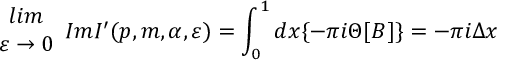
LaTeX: \begin{array} { c } { { l i m } } \\ { { \varepsilon \rightarrow 0 } } \end{array} I m I ^ { \prime } ( p , m , \alpha , \varepsilon ) = \int _ { 0 } ^ { 1 } d x \{ - \pi i \Theta [ B ] \} = - \pi i \Delta x